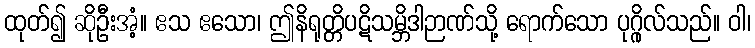
ထုတ်၍ ဆိုဦးအံ့။ ဧသ ဧသော၊ ဤနိရုတ္တိပဋိသမ္ဘိဒါဉာဏ်သို့ ရောက်သော ပုဂ္ဂိုလ်သည်။ ဝါ၊